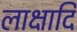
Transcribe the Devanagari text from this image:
लाक्षादि